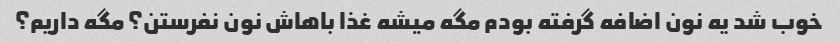
خوب شد یه نون اضافه گرفته بودم مگه میشه غذا باهاش نون نفرستن؟ مگه داریم؟